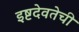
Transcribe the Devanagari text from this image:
इष्टदेवतेची